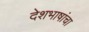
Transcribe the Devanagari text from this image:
देशभाषांचा